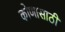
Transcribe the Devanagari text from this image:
कोणासाठी